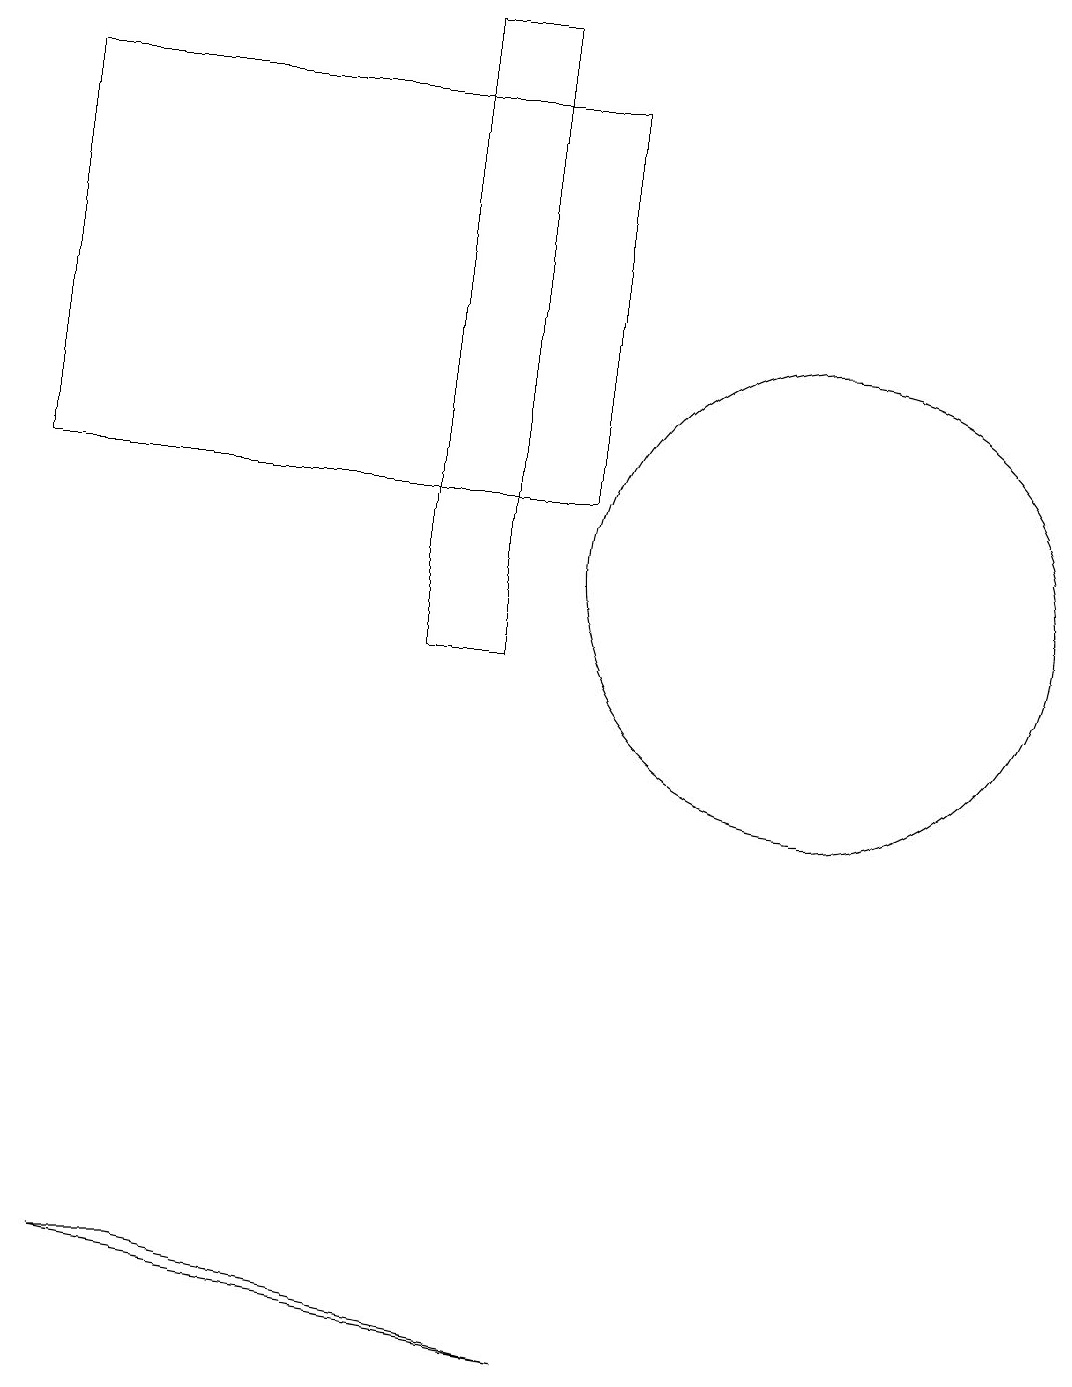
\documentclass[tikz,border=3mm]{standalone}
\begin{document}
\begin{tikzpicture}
\draw (2,3) -- (1,3) -- (7,2) -- cycle;
\draw (5,19) rectangle (6,11);
\draw (10,12) circle (3);
\draw (0,13) rectangle (7,18);
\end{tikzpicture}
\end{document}